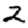
Digit: 2